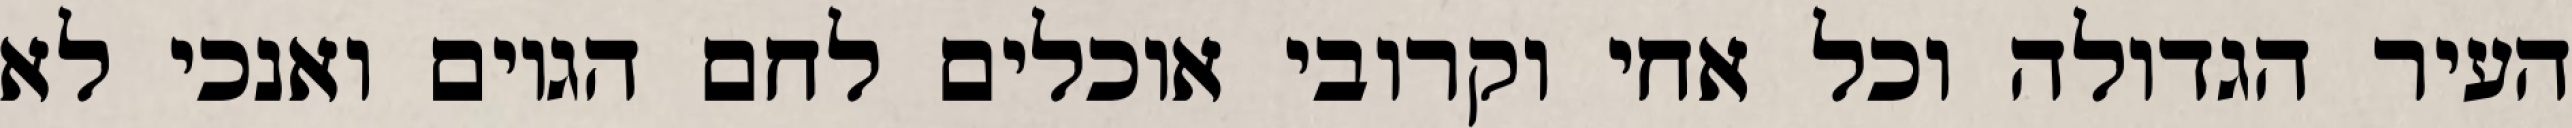
העיר הגדולה וכל אחי וקרובי אוכלים לחם הגוים ואנכי לא